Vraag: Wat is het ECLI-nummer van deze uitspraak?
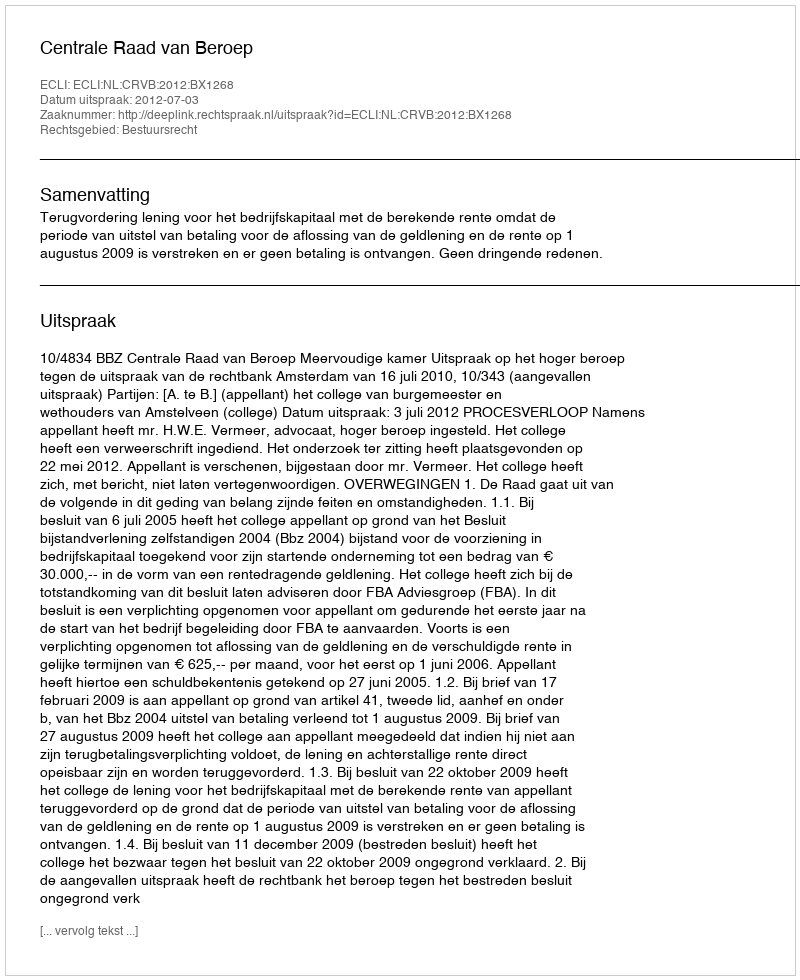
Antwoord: ECLI:NL:CRVB:2012:BX1268